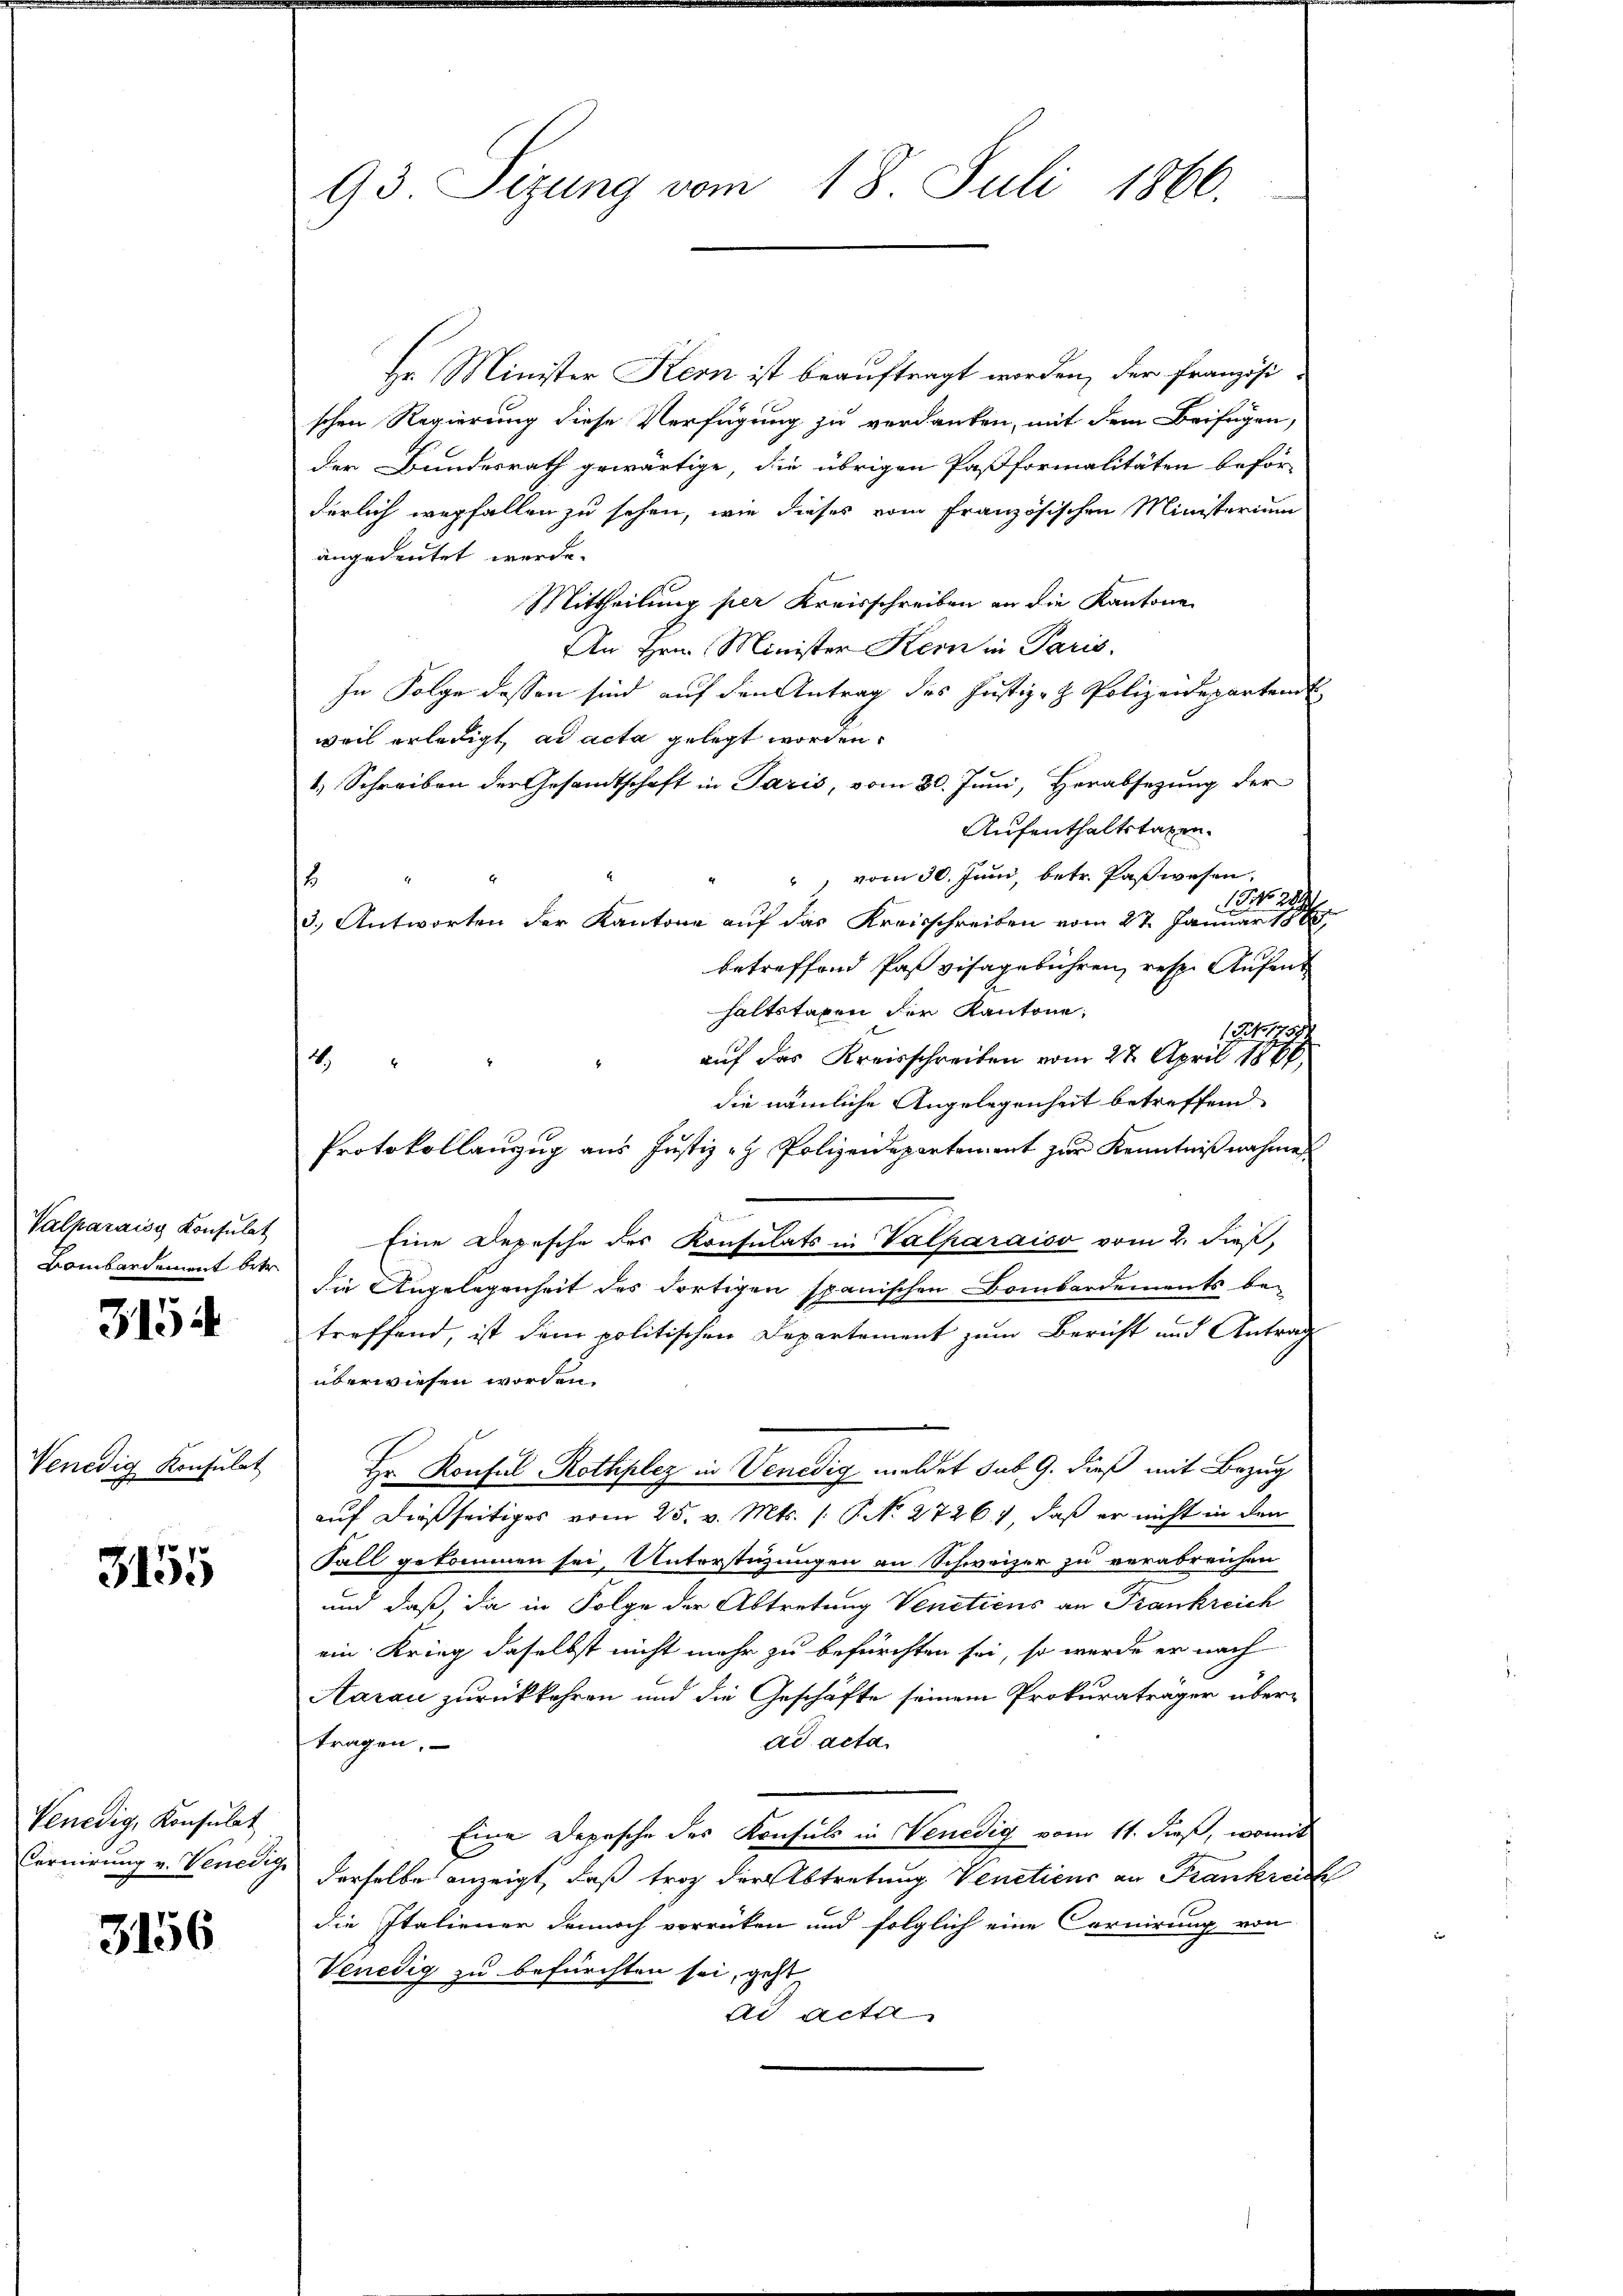
Valparaisy Konsulat
Bombardement betr.

3154

Venedig Konsulat

3155

Venedig, Konsulat

3156

93. Sizung vom 18. Juli 1866.

Hr. Minister Kern ist beauftragt worden, der Französischen Regierung diese Verfügung zu verdanken, mit dem Beifügen,
der Bundesrath gewärtige, die übrigen Paßformalitäten beför-
derlich wegfallen zu sehen, wie dieses vom französischen Ministerium
angedeutet werde.
Mittheilung per Kreisschreiben an die Kantone
An Hrn. Minister Kern in Paris,
In Folge dessen sind auf den Antrag des Justiz- & Polizeidepartend
weil erledigt, ad acta gelegt worden.
1.) Schreiben der Gesamtschaft in Paris, vom 30. Juni, Herabsegung der
Aufenthaltstagen.
", vom 30. Juni, betr. Paßwesen,
¬
1 No 22.
3. Antworten der Kantone auf das Kreisschreiben vom 27. Januar s
betreffend Paß visagebühren, resp. Aufent
haltstaxen der Kantone
(No. 1758.
auf das Kreisschreiben vom 27. April 1866
n
die nämliche Angelegenheit betreffend
Protokollanzug aus Justiz- & Polizeidepartement zur Kenntnißnahme
Eine Depesche des Konsulats in Valparaiso vom 2. dieß,
die Angelegenheit des dortigen spanischen Bombardements be-
treffend, ist dem politischen Departement zum Bericht und Antrag
überwiesen worden.
Hr. Konsul Rothplez in Venedig meldet sub 9. dieß mit Bezug
auf dießseitiges vom 25. v. Mts. /: P. No 2726), daß er nicht in den
Fall gekommen sei, Unterstüzungen an Schweizer zu verabreichen
und daß, da in Folge der Abtretung Venetiens an Frankreich
ein Krieg daselbst nicht mehr zu befürchten sei, so werde er nach
Aarau zurückkehren und die Geschäfte seinem Prokuraträger übertragen,
ad acta.
Eine Depesche des Konsuls in Venedig vom 11. dieß, womit
Cornirung v. Venedige derselbe anzeigt, daß trag der Abtretung Venetiens an Frankreich
die Italiener dennoch vorrücken und folglich eine Cornirung von
Venedig zu befürchten sei, geht
ad acta

4